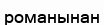
романынан